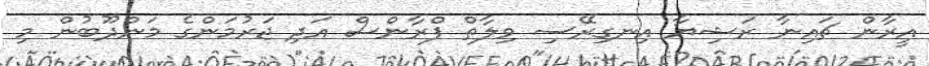
އީރާން ޗައިނާ ރަޝިޔާ އިނގިރޭސި ވިލާތް ފްރާންސް އަދި ޖަރުމަންގެ މަންދޫބުން މި